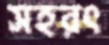
সহরৎ